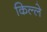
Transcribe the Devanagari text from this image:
किल्‍ले